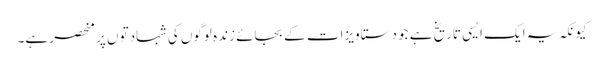
کیونکہ یہ ایک ایسی تاریخ ہے جو دستاویزات کے بجائے زندہ لوگوں کی شہادتوں پر منحصر ہے۔